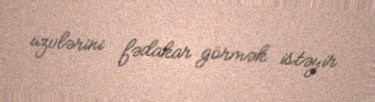
üzvlərini fədakar görmək istəyir.